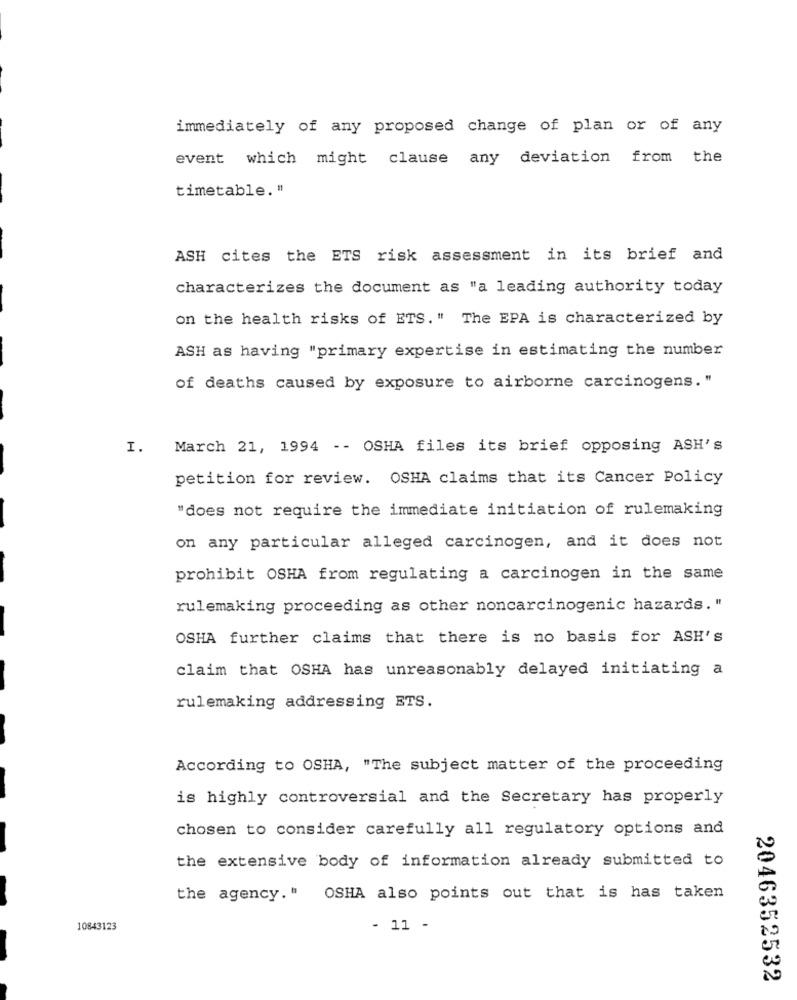
immediately of any proposed change of plan or of any
event which might clause any deviation from the
timetable. "
ASH cites the ETS risk assessment in its brief and
characterizes the document as "a leading authority today
on the health risks of ETS." The EPA is characterized by
ASH as having "primary expertise in estimating the number
of deaths caused by exposure to airborne carcinogens."
I.
March 21, 1994 -- OSHA files its brief opposing ASH's
petition for review. OSHA claims that its Cancer Policy
"does not require the immediate initiation of rulemaking
on any particular alleged carcinogen, and it does not
prohibit OSHA from regulating a carcinogen in the same
rulemaking proceeding as other noncarcinogenic hazards. "
OSHA further claims that there is no basis for ASH's
claim that OSHA has unreasonably delayed initiating a
rulemaking addressing ETS.
According to OSHA, "The subject matter of the proceeding
is highly controversial and the Secretary has properly
chosen to consider carefully all regulatory options and
the extensive body of information already submitted to
the agency." OSHA also points out that is has taken
10843123
- 11 -
2046352532